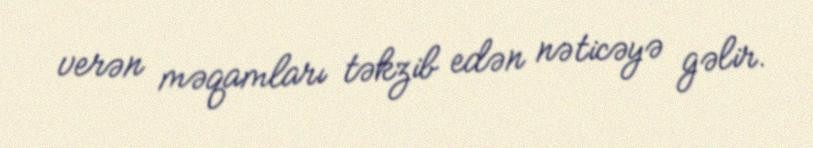
verən məqamları təkzib edən nəticəyə gəlir.